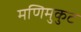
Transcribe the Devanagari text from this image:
मणिमुकुट